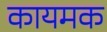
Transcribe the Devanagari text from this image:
कायमक